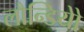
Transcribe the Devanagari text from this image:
लौन्डियोे